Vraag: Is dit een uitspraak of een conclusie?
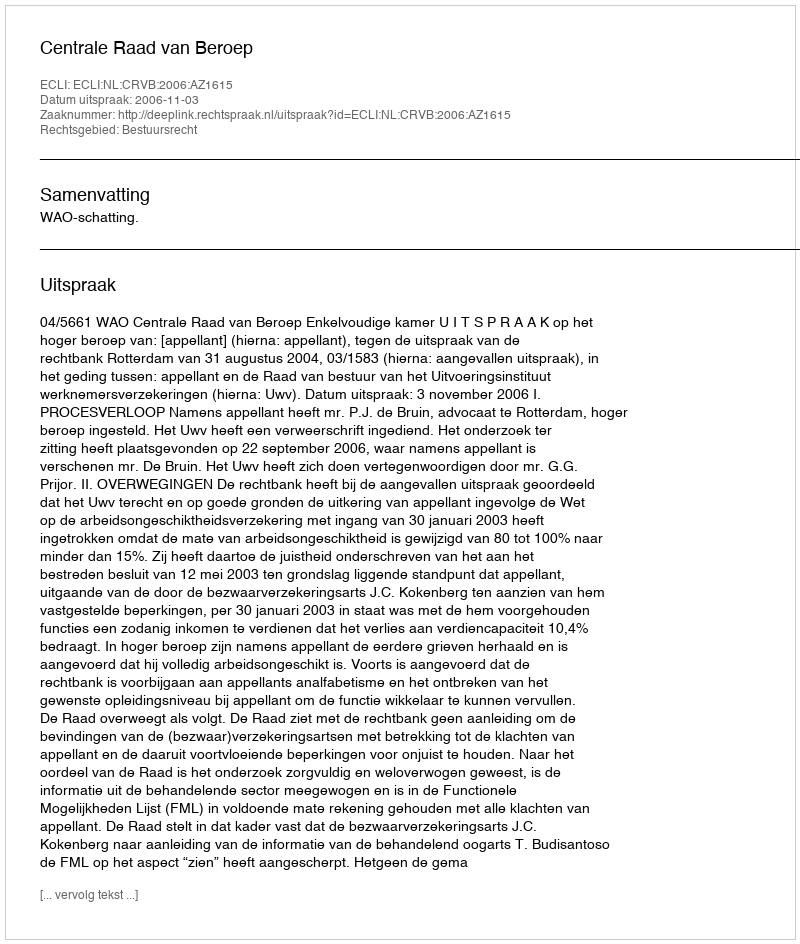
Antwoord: Uitspraak